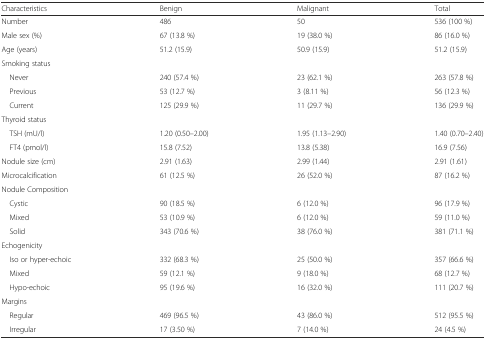
<table><thead><tr><td><b>Characteristics</b></td><td><b>Benign</b></td><td><b>Malignant</b></td><td><b>Total</b></td></tr></thead><tbody><tr><td>Number</td><td>486</td><td>50</td><td>536 (100 %)</td></tr><tr><td>Male sex (%)</td><td>67 (13.8 %)</td><td>19 (38.0 %)</td><td>86 (16.0 %)</td></tr><tr><td>Age (years)</td><td>51.2 (15.9)</td><td>50.9 (15.9)</td><td>51.2 (15.9)</td></tr><tr><td>Smoking status</td><td></td><td></td><td></td></tr><tr><td> Never</td><td>240 (57.4 %)</td><td>23 (62.1 %)</td><td>263 (57.8 %)</td></tr><tr><td> Previous</td><td>53 (12.7 %)</td><td>3 (8.11 %)</td><td>56 (12.3 %)</td></tr><tr><td> Current</td><td>125 (29.9 %)</td><td>11 (29.7 %)</td><td>136 (29.9 %)</td></tr><tr><td>Thyroid status</td><td></td><td></td><td></td></tr><tr><td> TSH (mU/l)</td><td>1.20 (0.50–2.00)</td><td>1.95 (1.13–2.90)</td><td>1.40 (0.70–2.40)</td></tr><tr><td> FT4 (pmol/l)</td><td>15.8 (7.52)</td><td>13.8 (5.38)</td><td>16.9 (7.56)</td></tr><tr><td>Nodule size (cm)</td><td>2.91 (1.63)</td><td>2.99 (1.44)</td><td>2.91 (1.61)</td></tr><tr><td>Microcalcification</td><td>61 (12.5 %)</td><td>26 (52.0 %)</td><td>87 (16.2 %)</td></tr><tr><td>Nodule Composition</td><td></td><td></td><td></td></tr><tr><td> Cystic</td><td>90 (18.5 %)</td><td>6 (12.0 %)</td><td>96 (17.9 %)</td></tr><tr><td> Mixed</td><td>53 (10.9 %)</td><td>6 (12.0 %)</td><td>59 (11.0 %)</td></tr><tr><td> Solid</td><td>343 (70.6 %)</td><td>38 (76.0 %)</td><td>381 (71.1 %)</td></tr><tr><td>Echogenicity</td><td></td><td></td><td></td></tr><tr><td> Iso or hyper-echoic</td><td>332 (68.3 %)</td><td>25 (50.0 %)</td><td>357 (66.6 %)</td></tr><tr><td> Mixed</td><td>59 (12.1 %)</td><td>9 (18.0 %)</td><td>68 (12.7 %)</td></tr><tr><td> Hypo-echoic</td><td>95 (19.6 %)</td><td>16 (32.0 %)</td><td>111 (20.7 %)</td></tr><tr><td>Margins</td><td></td><td></td><td></td></tr><tr><td> Regular</td><td>469 (96.5 %)</td><td>43 (86.0 %)</td><td>512 (95.5 %)</td></tr><tr><td> Irregular</td><td>17 (3.50 %)</td><td>7 (14.0 %)</td><td>24 (4.5 %)</td></tr></tbody></table>